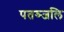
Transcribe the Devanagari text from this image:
पतञ्‍जलि